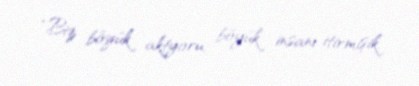
“Biz böyük aktyoru, böyük insanı itirmişik.